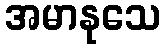
အမာနုသေ